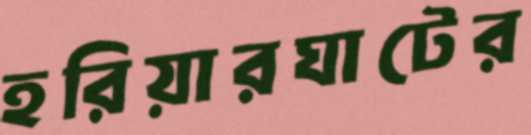
হরিয়ারঘাটের